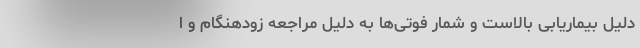
دلیل بیماریابی بالاست و شمار فوتی‌ها به‌ دلیل مراجعه زودهنگام و ا